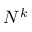
N ^ { k }